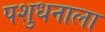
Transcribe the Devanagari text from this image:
पशुधनाला